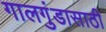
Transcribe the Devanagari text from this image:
गालगुंडासाठी